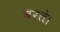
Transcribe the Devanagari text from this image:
बरते।